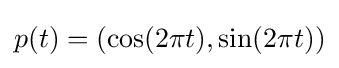
p(t)=(\cos(2\pi t),\sin(2\pi t))